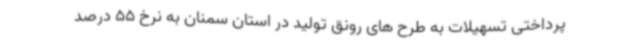
پرداختی تسهیلات به طرح های رونق تولید در استان سمنان به نرخ 55 درصد